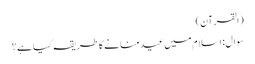
(القرآن)
سوال: اسلام میں عید منانے کا طریقہ کیا ہے؟